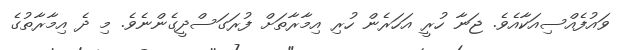
ވައުފެއްސިއަކާއެވެ. ޖަނާ ހުރީ އަހަރެން ހުރި އިމާރާތަށް ފުރަގަސްދީގެންނެވެ. މި ދެ އިމާރާތުގެ